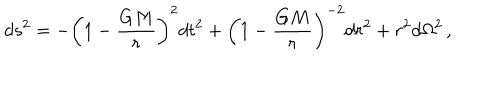
LaTeX: d s ^ { 2 } = - \left( 1 - \frac { G M } { r } \right) ^ { 2 } d t ^ { 2 } + \left( 1 - \frac { G M } { r } \right) ^ { - 2 } d r ^ { 2 } + r ^ { 2 } d \Omega ^ { 2 } \, ,